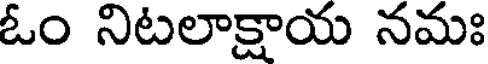
ఓం నిటలాక్షాయ నమః